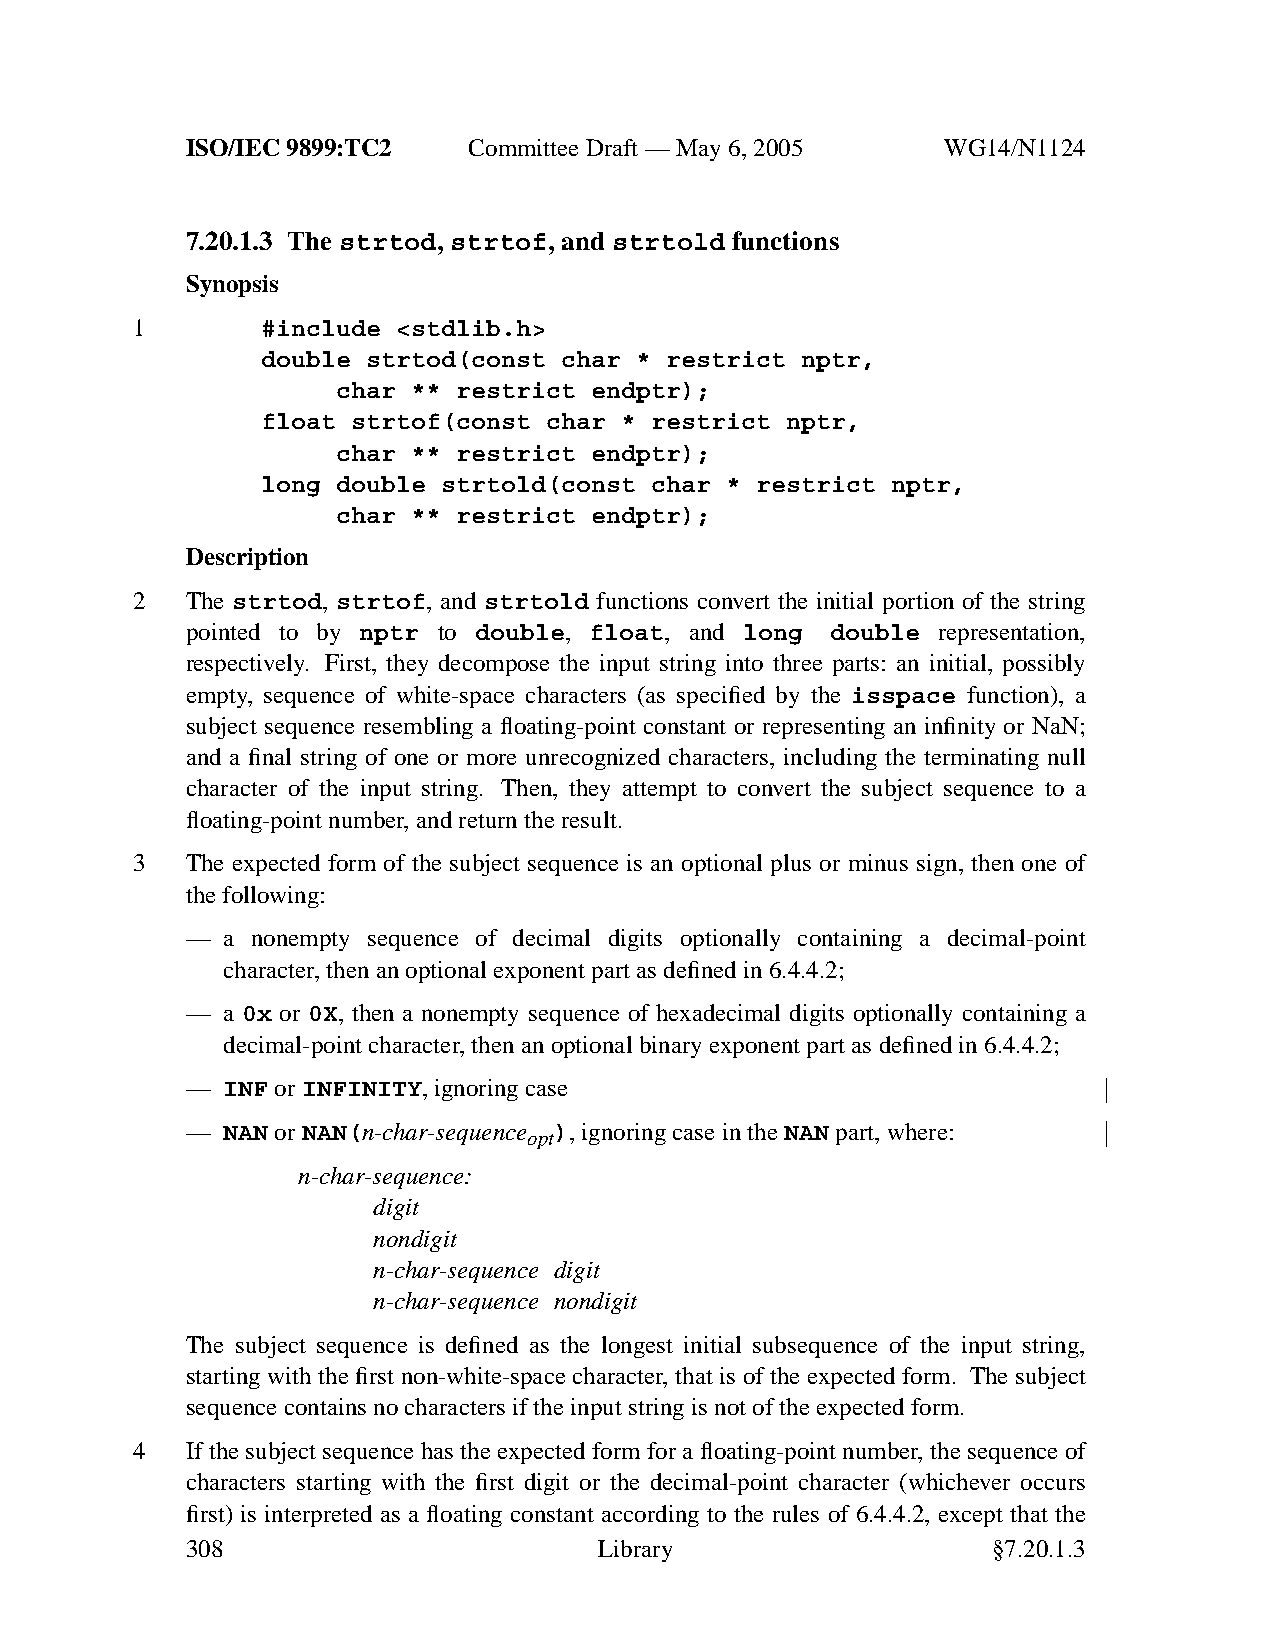
ISO/IEC 9899:TC2   Committee Draft — May 6, 2005   WG14/N1124
 7.20.1.3 The strtod, strtof, and strtold functions
 Synopsis
 1       #include <stdlib.h>
 double strtod(const char * restrict nptr,
 char ** restrict endptr);
 float strtof(const char * restrict nptr,
 char ** restrict endptr);
 long double strtold(const char * restrict nptr,
 char ** restrict endptr);
 Description
 2  The strtod, strtof, and strtold functions convert the initial portion of the string
 pointed to by nptr to double, float, and long double representation,
 respectively. First, they decompose the input string into three parts: an initial, possibly
 empty, sequence of white-space characters (as specified by the isspace function), a
 subject sequence resembling a floating-point constant or representing an infinity or NaN;
 and a final string of one or more unrecognized characters, including the terminating null
 character of the input string. Then, they attempt to convert the subject sequence to a
 floating-point number,and return the result.
 3  The expected form of the subject sequence is an optional plus or minus sign, then one of
 the following:
 —  a nonempty sequence of decimal digits optionally containing a decimal-point
 character,then an optional exponent part as defined in 6.4.4.2;
 —  a 0x or 0X, then a nonempty sequence of hexadecimal digits optionally containing a
 decimal-point character,then an optional binary exponent part as defined in 6.4.4.2;
 —  INF orINFINITY,ignoring case
 —  NAN orNAN(n-char-sequence ),ignoring case in theNANpart, where:
 opt
 n-char-sequence:
 digit
 nondigit
 n-char-sequence digit
 n-char-sequence nondigit
 The subject sequence is defined as the longest initial subsequence of the input string,
 starting with the first non-white-space character, that is of the expected form. The subject
 sequence contains no characters if the input string is not of the expected form.
 4  If the subject sequence has the expected form for a floating-point number, the sequence of
 characters starting with the first digit or the decimal-point character (whichever occurs
 first) is interpreted as a floating constant according to the rules of 6.4.4.2, except that the
 308                         Library                   §7.20.1.3